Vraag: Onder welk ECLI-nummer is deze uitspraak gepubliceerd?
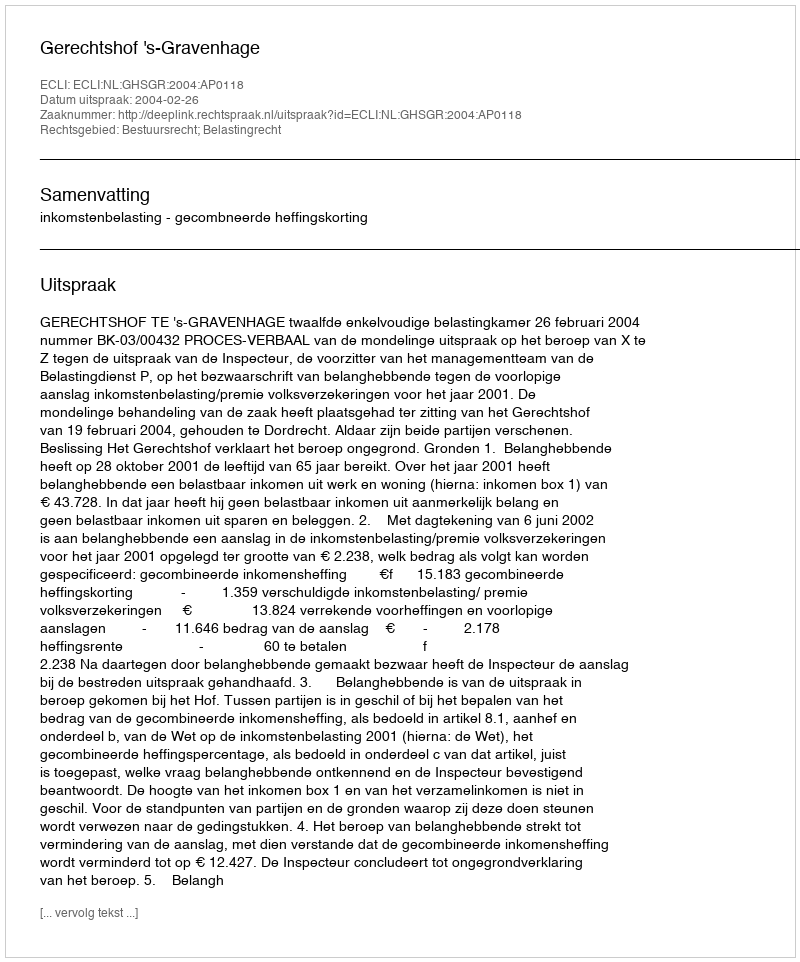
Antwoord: ECLI:NL:GHSGR:2004:AP0118